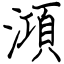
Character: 澒